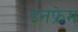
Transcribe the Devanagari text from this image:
इनफ्रेम